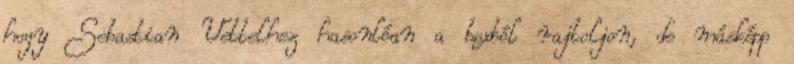
hogy Sebastian Vettelhez hasonlóan a boxból rajtoljon, de másképp